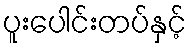
ပူးပေါင်းတပ်နှင့်